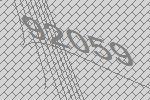
92059